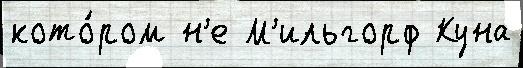
кото́ром н'е М'ильгорф Куна